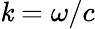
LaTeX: \mathit{k}=\omega/c